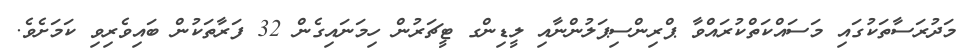
މަދުރަސާތަކުގައި މަސައްކަތްކުރައްވާ ޕްރިންސިޕަލުންނާއި ލީޑިންގ ޓީޗަރުން ހިމަނައިގެން 32 ފަރާތަކުން ބައިވެރިވި ކަމަށެވެ.